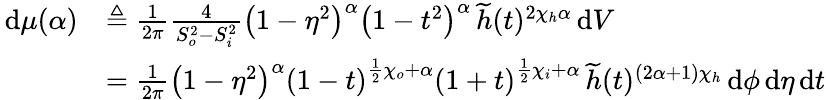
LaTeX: \begin{array}{rl}{\, \mathrm{d}\mu(\alpha)}&{\triangleq\frac{1}{2\pi}\frac{4}{S_{o}^{2}-S_{i}^{2}}\left(1-\eta^{2}\right)^{\alpha}\left(1-t^{2}\right)^{\alpha}\, \widetilde{h}(t)^{2\chi_{h}\alpha}\, \mathrm{d}V}\\ &{=\frac{1}{2\pi}\left(1-\eta^{2}\right)^{\alpha}\left(1-t\right)^{\frac{1}{2}\chi_{o}+\alpha}\left(1+t\right)^{\frac{1}{2}\chi_{i}+\alpha}\, \widetilde{h}(t)^{\left(2\alpha+1\right)\chi_{h}}\, \mathrm{d}\phi\, \mathrm{d}\eta\, \mathrm{d}t}\end{array}